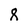
Character: 8